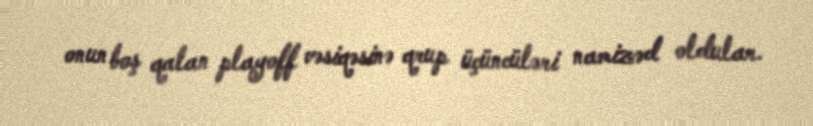
onun boş qalan playoff vəsiqəsinə qrup üçüncüləri namizəd oldular.